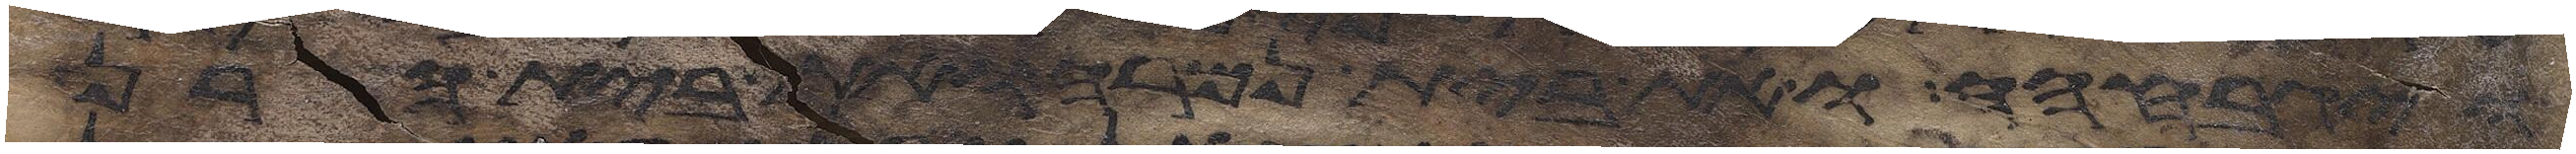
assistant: ויגבהה ואת בית נמרה ואת בית הרן